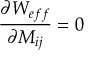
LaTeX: \frac { \partial W _ { e f f } } { \partial M _ { i j } } = 0